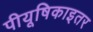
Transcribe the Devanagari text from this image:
पीयूषिकाइतर